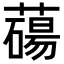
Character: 𦿆